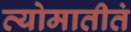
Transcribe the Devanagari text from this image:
व्योमातीतं